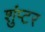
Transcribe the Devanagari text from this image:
शुंप्टर